Report of the Indian Hemp Drugs Commission, 1894-1895 - Volume II
Year: 1894
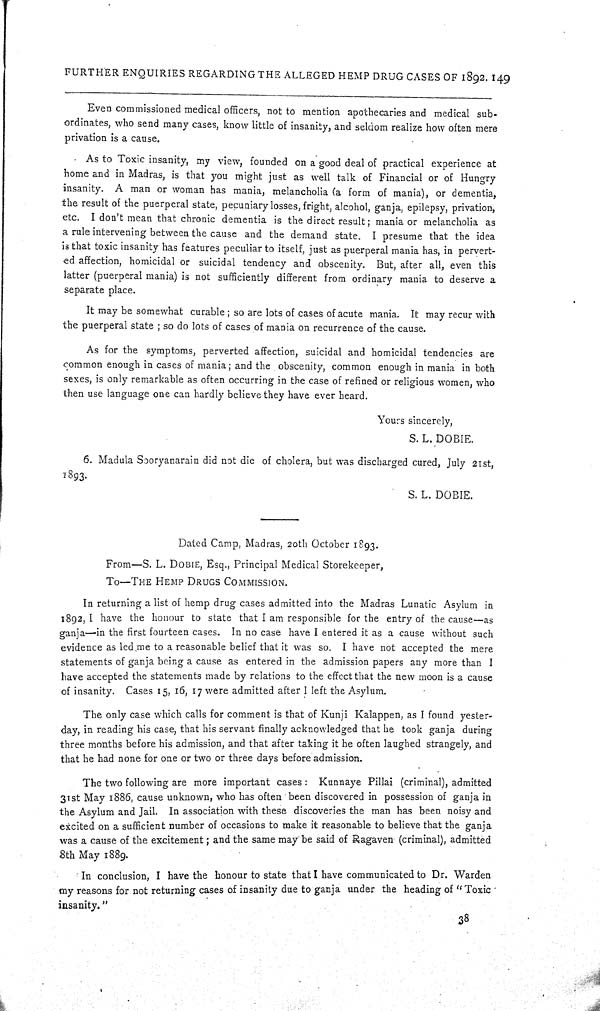
FURTHER ENQUIRIES REGARDING THE ALLEGED HEMP DRUG CASES OF 1892. 149
Even commissioned medical officers, not to mention apothecaries and medical sub-
ordinates, who send many cases, know little of insanity, and seldom realize how often mere
privation is a cause.
As to Toxic insanity, my view, founded on a good deal of practical experience at
home and in Madras, is that you might just as well talk of Financial or of Hungry
insanity. A man or woman has mania, melancholia (a form of mania), or dementia,
the result of the puerperal state, pecuniary losses, fright, alcohol, ganja, epilepsy, privation,
etc. I don't mean that chronic dementia is the direct result; mania or melancholia as
a rule intervening between the cause and the demand state. I presume that the idea
is that toxic insanity has features peculiar to itself, just as puerperal mania has, in pervert-
ed affection, homicidal or suicidal tendency and obscenity. But, after all, even this
latter (puerperal mania) is not sufficiently different from ordinary mania to deserve a
separate place.
It may be somewhat curable; so are lots of cases of acute mania. It may recur with
the puerperal state; so do lots of cases of mania on recurrence of the cause.
As for the symptoms, perverted affection, suicidal and homicidal tendencies are
common enough in cases of mania; and the obscenity, common enough in mania in both
sexes, is only remarkable as often occurring in the case of refined or religious women, who
then use language one can hardly believe they have ever heard.
Yours sincerely,
S. L. DOBIE.
6. Madula Sooryanarain did not die of cholera, but was discharged cured, July 21st,
1893.
S. L. DOBIE.
Dated Camp, Madras, 20th October 1893.
From—S. L. DOBIE, Esq., Principal Medical Storekeeper,
To—THE HEMP DRUGS COMMISSION.
In returning a list of hemp drug cases admitted into the Madras Lunatic Asylum in
1892, I have the honour to state that I am responsible for the entry of the cause—as
ganja—in the first fourteen cases. In no case have I entered it as a cause without such
evidence as led me to a reasonable belief that it was so. I have not accepted the mere
statements of ganja being a cause as entered in the admission papers any more than I
have accepted the statements made by relations to the effect that the new moon is a cause
of insanity. Cases 15, 16, 17 were admitted after I left the Asylum.
The only case which calls for comment is that of Kunji Kalappen, as I found yester-
day, in reading his case, that his servant finally acknowledged that he took ganja during
three months before his admission, and that after taking it he often laughed strangely, and
that he had none for one or two or three days before admission.
The two following are more important cases: Kunnaye Pillai (criminal), admitted
31st May 1886, cause unknown, who has often been discovered in possession of ganja in
the Asylum and Jail. In association with these discoveries the man has been noisy and
excited on a sufficient number of occasions to make it reasonable to believe that the ganja
was a cause of the excitement; and the same may be said of Ragaven (criminal), admitted
8th May 1889.
In conclusion, I have the honour to state that I have communicated to Dr. Warden
my reasons for not returning cases of insanity due to ganja under the heading of "Toxic
insanity."
38